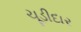
ચૂડીદાર